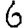
Digit: 6